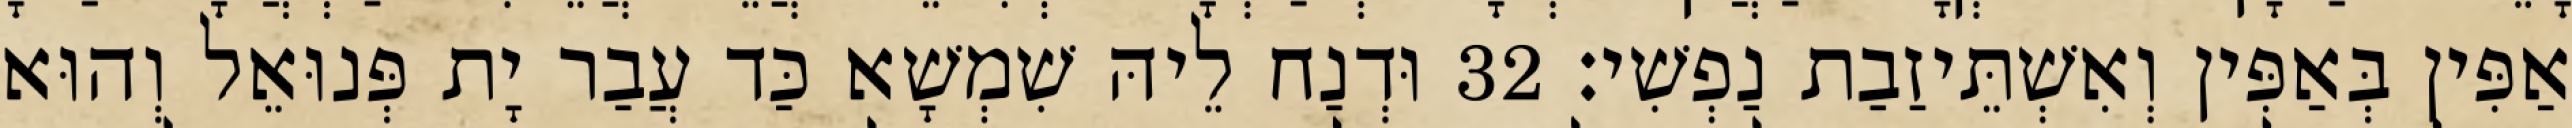
אַפִּין בְּאַפִּין וְאִשְׁתֵּיזַבַת נַפְשִׁי׃ 32 וּדְנַח לֵיהּ שִׁמְשָׁא כַּד עֲבַר יָת פְּנוּאֵל וְהוּא